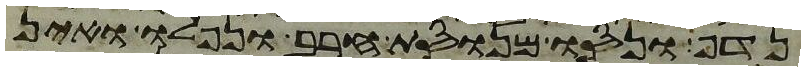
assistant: נדף ונסו מנוסת חרב ונפלו ואין